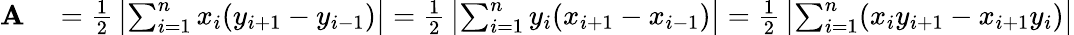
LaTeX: \begin{array}{rl}{\mathbf{A}}&{{}={\frac{1}{2}}\left|\sum_{i=1}^{n}x_{i}(y_{i+1}-y_{i-1})\right|={\frac{1}{2}}\left|\sum_{i=1}^{n}y_{i}(x_{i+1}-x_{i-1})\right|={\frac{1}{2}}\left|\sum_{i=1}^{n}(x_{i}y_{i+1}-x_{i+1}y_{i})\right|}\end{array}